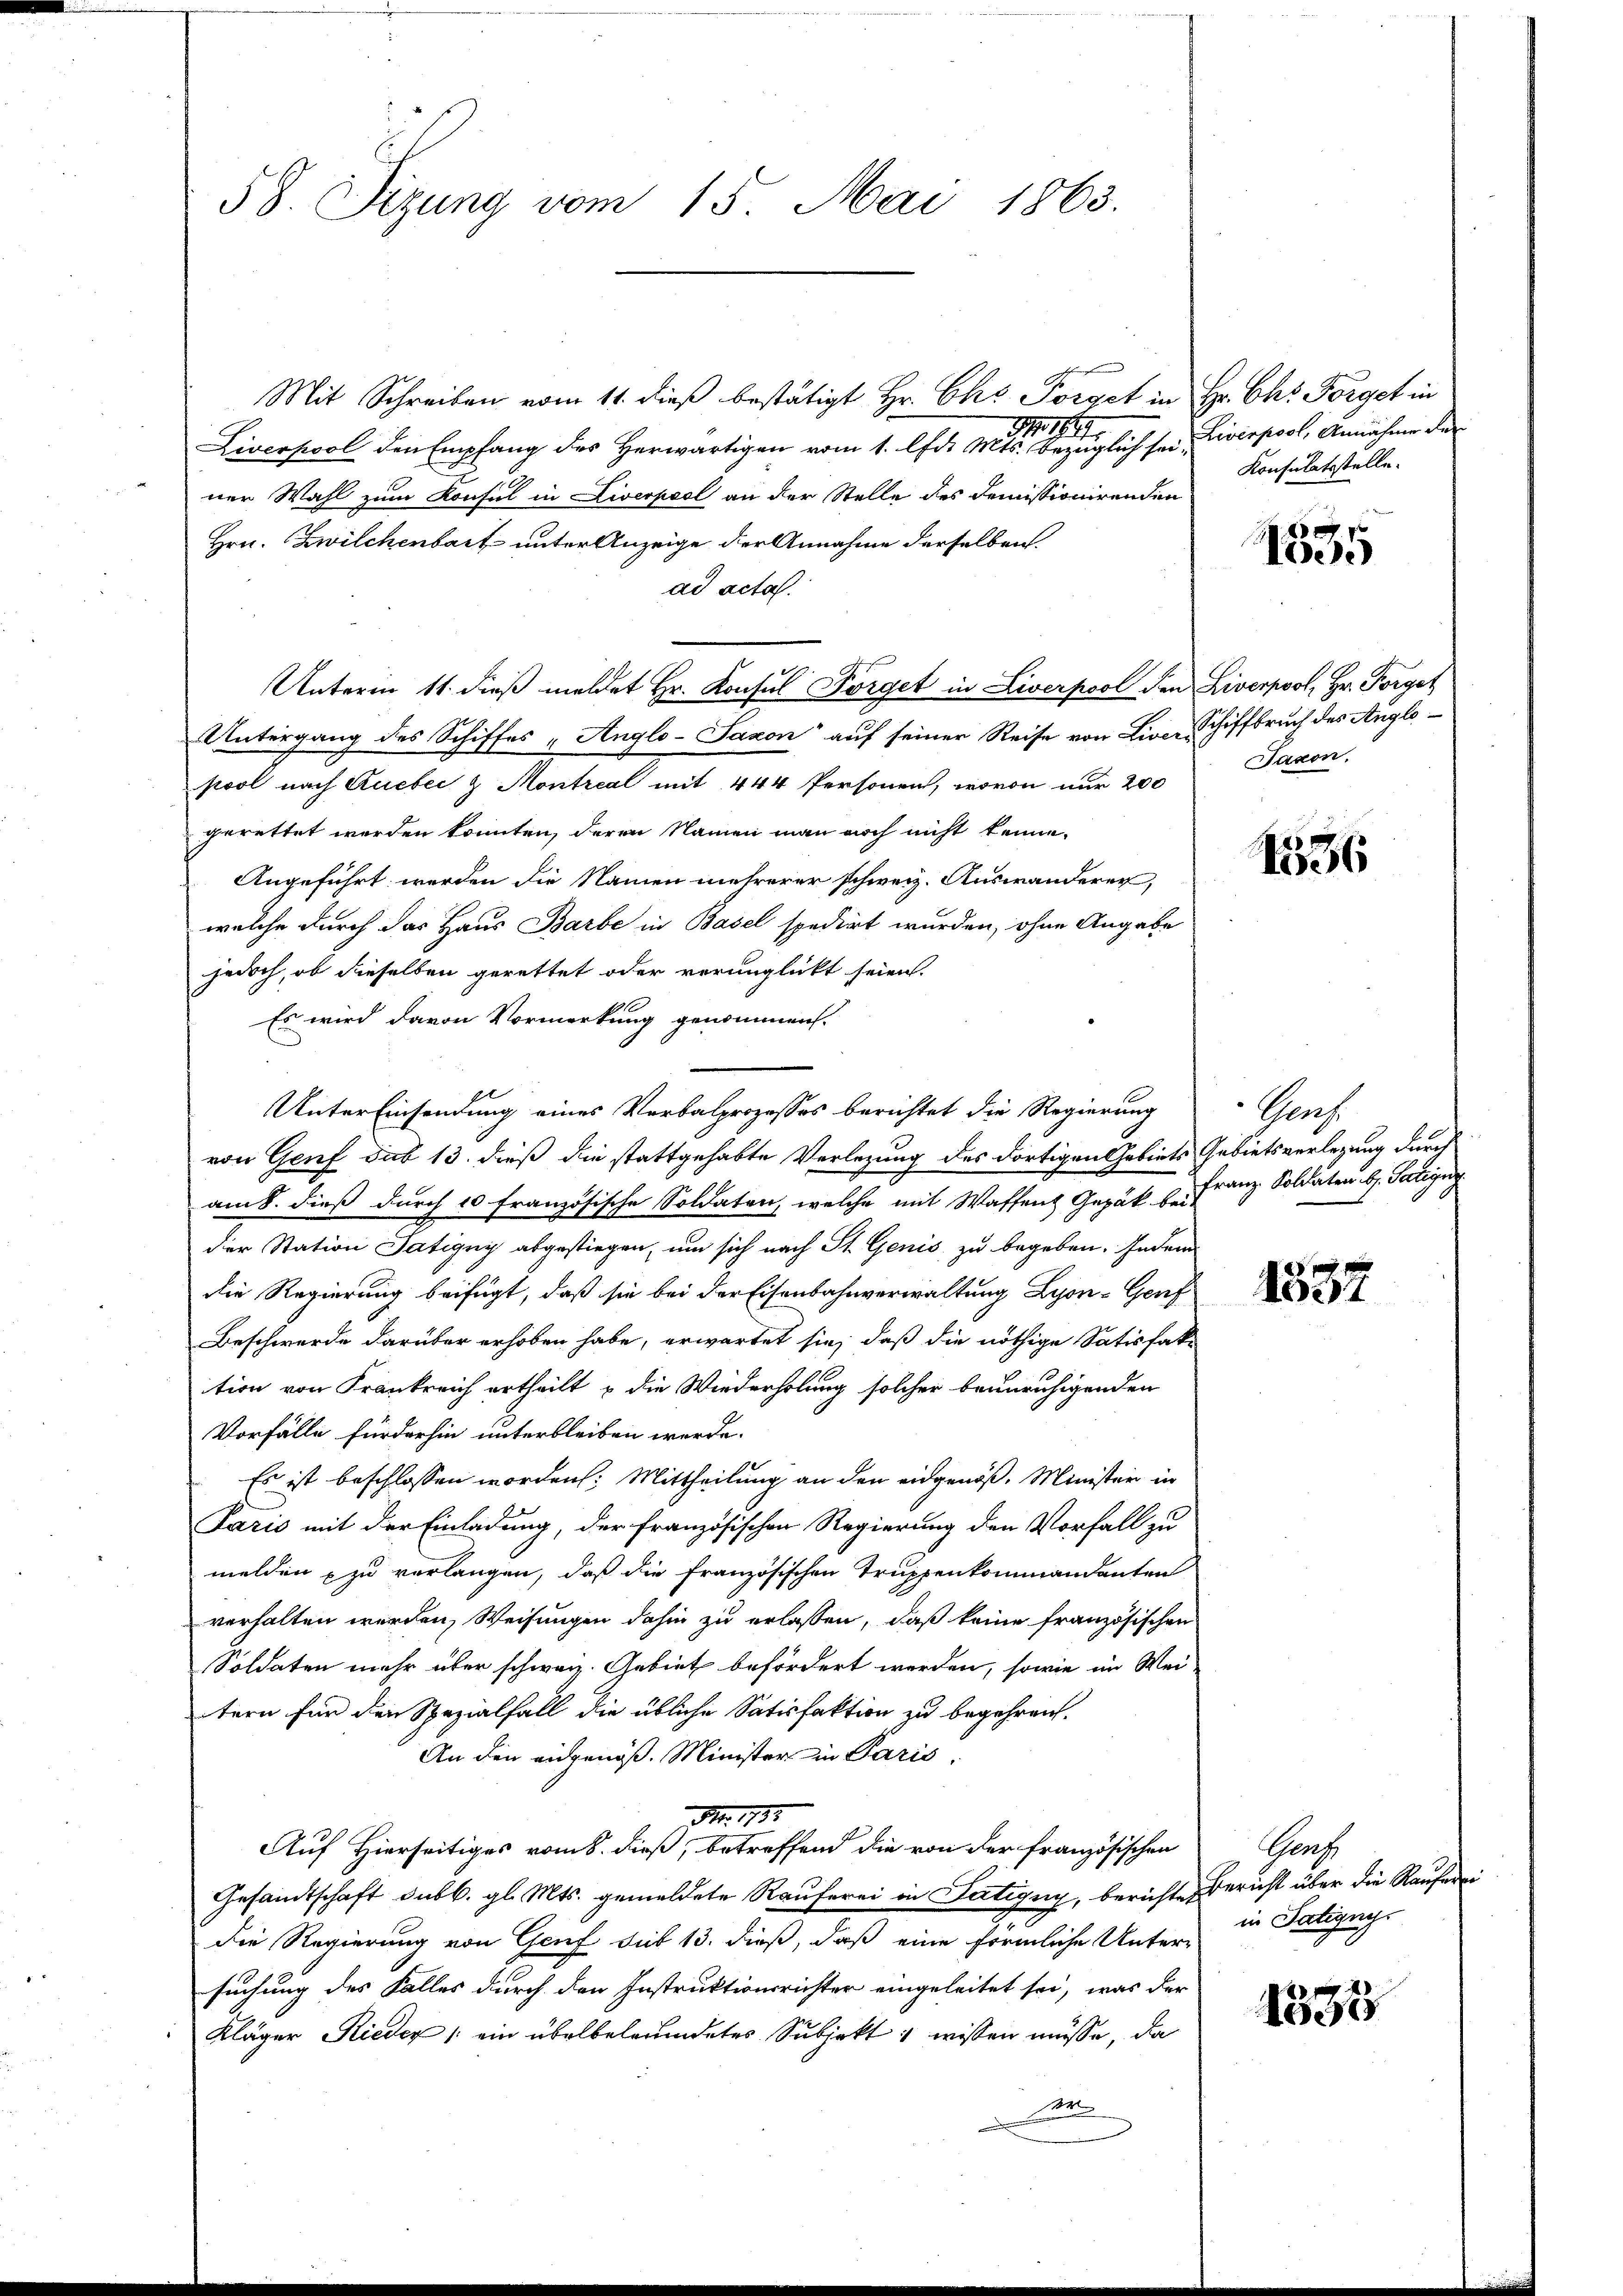
58. Sizung vom 15. Mai 1863.

Mit Schreiben vom 11. dieß bestätigt Hr. Chr. Förget in Hr. Chr. Förget in
M 1894.
Liverpool den Empfang des Herwärtigen vom 1. lfd. Mts. bezüglich seiner Wahl zum Konsul in Liverpool an der Stelle des Demissionirenden
Hrn. Zwilchenbart unter Anzeige der Annahme derselben.
ad acta.
Unterm 11. dieβ meldet Hr. Konsul Förget in Liverpool den Liverpool, Hr. Förget
Untergang des Schiffes „Anglo-Saxon“ auf seiner Reise von Live-Schiffbruch des Anglopool nach Queber & Montreal mit 444 Personen, wovon nur 200
gerettet werden konnten, deren Namen man noch nicht kenne.
Angeführt werden die Namen mehrerer schweiz. Auswanderer,
welche durch das Haus Barbe in Basel spedirt wurden, ohne Angabe
jedoch, ob dieselben gerettet oder verunglickt seien.
Es wird davon Vormerkung genommen.
Unter Einsendung eines Verbalprozesses berichtet die Regierung
von Genf das 13. dieß die stattgehabte Verlegung des dortigen Gebiets Gebietsverlegung durch
am 8. dieß durch 10 Französische Soldaten, welche mit Waffent Gepäk bei-
dier Station Tatigny abgestiegen, um sich nach St. Genis zu begeben. Indem
die Regierung beifügt, daß sie bei der Eisenbahnverwaltung Lyon- Genf
Beschwerde darüber erhoben habe, erwartet sie, daß die nöthige Satisfak-
tion von Frankreich ertheilt u die Wiederholung solcher beunruhigenden
Vorfälle fürderhin unterbleiben werde.
Es ist beschlossen worden: Mittheilung an den eidgenöß. Minister in
Paris mit der Einladung, der französischen Regierung den Vorfall zu
melden zu verlangen, daß die Französischen Truppenkommandanten
verhalten werden, Weisungen dahin zu erlassen, daß keine französischen
Soldaten mehr über schweiz. Gebiet befördert werden, sowie im Wei-
tern für den Spezialfall die übliche Satisfaktion zu begehren.
An den angenoß. Minister in Paris,
No. 1793.
Auf Hierseitiges vom 8. dieß, betreffend die von der französischen
Gesandtschaft sub b. gl. Mts. gemeldete Rauferei in Satigny, berichte Bericht über die Rauferei
die Regierung von Genf sub 13. dieß, daß eine förmliche Untersuchung des Falles durch den Instruktionsrichter eingeleitet sei, was der
Kläger Rieder ein übelbeleumdetes Subjekt wissen müsse, da
t

Liverpool, Annahme der
Konsulatsstelle.

xx
1533

Jaxon.

4556

Graf
Franz Soldaten, b. Satigny

125
1007

Gers
in Satigny

1883